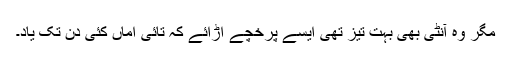
مگر وہ آنٹی بھی بہت تیز تھی ایسے پرخچے اڑائے کہ تائی اماں کئی دن تک یاد۔